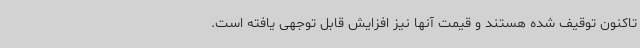
تاکنون توقیف شده هستند و قیمت آنها نیز افزایش قابل توجهی یافته است.